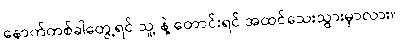
နောက်တစ်ခါတွေ့ရင် သူ့ နဲ့ တောင်းရင် အထင်သေးသွားမှာလား။